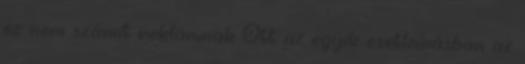
ez nem számít reklámnak Ott az egyik esetleírásban az